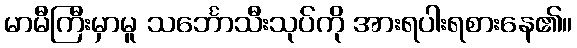
မာမီကြီးမှာမူ သင်္ဘောသီးသုပ်ကို အားရပါးရစားနေ၏။